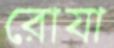
রোযা